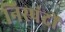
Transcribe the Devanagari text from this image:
निस्पंदों